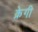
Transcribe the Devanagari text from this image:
क्रेगी